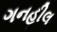
ગનહીલ